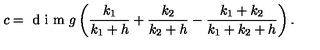
c = \textrm { d i m } g \left( \frac { k _ { 1 } } { k _ { 1 } + h } + \frac { k _ { 2 } } { k _ { 2 } + h } - \frac { k _ { 1 } + k _ { 2 } } { k _ { 1 } + k _ { 2 } + h } \right) .